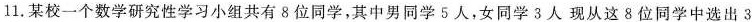
11.某校一个数学研究性学习小组共有8位同学，其中男同学5人，女同学3人现从这8位同学中选出3